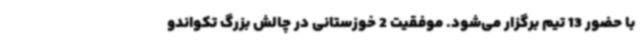
با حضور 13 تیم برگزار می‌شود. موفقیت 2 خوزستانی در چالش بزرگ تکواندو